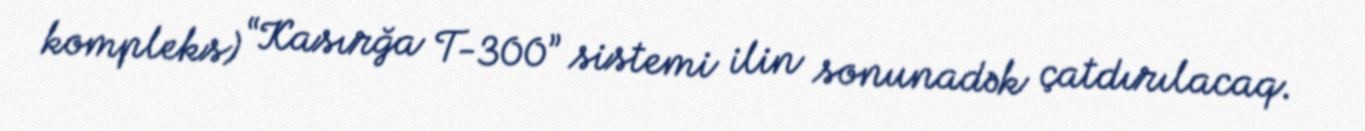
kompleks) “Kasırğa T-300” sistemi ilin sonunadək çatdırılacaq.